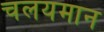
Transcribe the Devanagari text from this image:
चलयमान